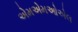
એમએમઓએલ